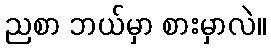
ညစာ ဘယ်မှာ စားမှာလဲ။